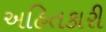
અહિતકારી